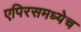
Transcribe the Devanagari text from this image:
एपिरसमध्येच